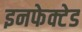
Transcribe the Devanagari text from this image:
इनफेक्टेड